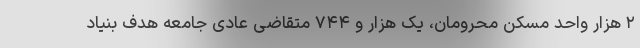
۲ هزار واحد مسکن محرومان، یک هزار و ۷۴۴ متقاضی عادی جامعه هدف بنیاد